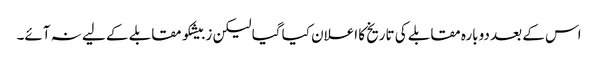
اس کے بعد دوبارہ مقابلے کی تاریخ کا اعلان کیا گیا لیکن زبیشکو مقابلے کے لیے نہ آئے۔